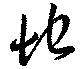
地